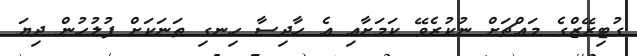
ގުޓިރޭޒްގެ މައްޗަށް ނުކުރެވޭ ކަމަށާއި އެ ހާދިސާ ހިނގި ތަނަކަށް ފުލުހުން ދިޔަ